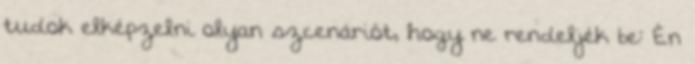
tudok elképzelni olyan szcenáriót, hogy ne rendeljék be: Én